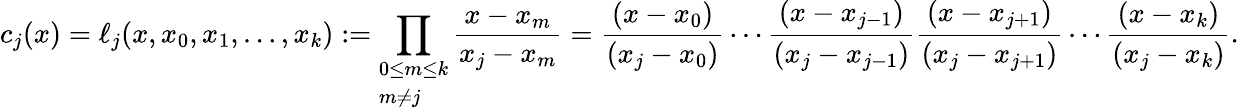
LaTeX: c_{j}(x)=\ell_{j}(x,x_{0},x_{1},\ldots,x_{k}):=\prod_{\begin{array}{l}{0\leq m\leq k}\\ {m\neq j}\end{array}}{\frac{x-x_{m}}{x_{j}-x_{m}}}={\frac{(x-x_{0})}{(x_{j}-x_{0})}}\cdots{\frac{(x-x_{j-1})}{(x_{j}-x_{j-1})}}{\frac{(x-x_{j+1})}{(x_{j}-x_{j+1})}}\cdots{\frac{(x-x_{k})}{(x_{j}-x_{k})}}.